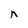
Character: n